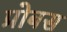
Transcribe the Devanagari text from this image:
प्रोबस